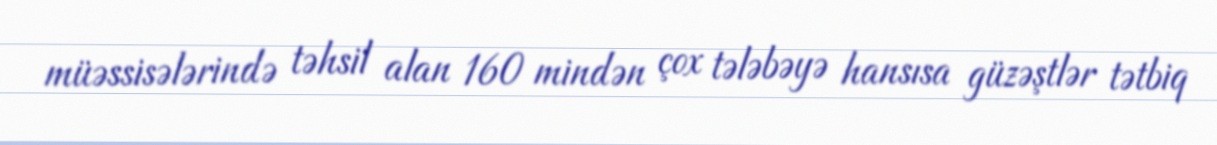
müəssisələrində təhsil alan 160 mindən çox tələbəyə hansısa güzəştlər tətbiq